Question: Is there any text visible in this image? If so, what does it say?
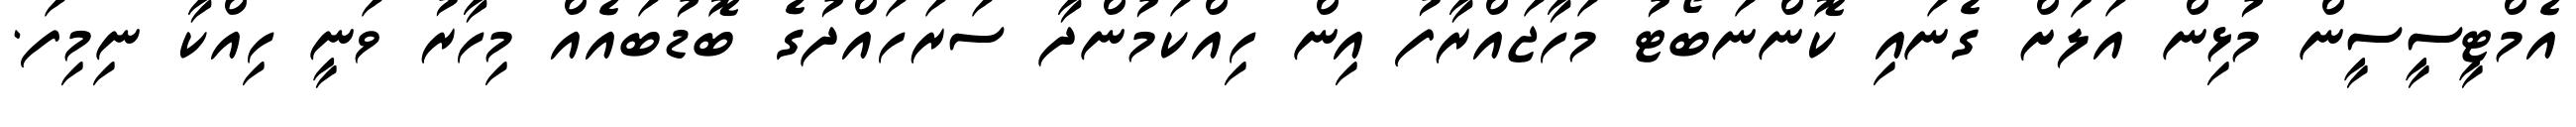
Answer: އެމްޓީސީސީން މުޅިން އަލަށް ގެނައި ކޮންނަބޯޓު މަހާޖައްރާފު އިން ހިއްކަމުންދާ ސަރަހައްދުގެ ބޮޑުބައެއް މިހާރު ވަނީ ހިއްކާ ނިމިފަ.